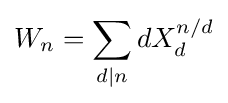
W_{n}=\sum _{d|n}dX_{d}^{n/d}